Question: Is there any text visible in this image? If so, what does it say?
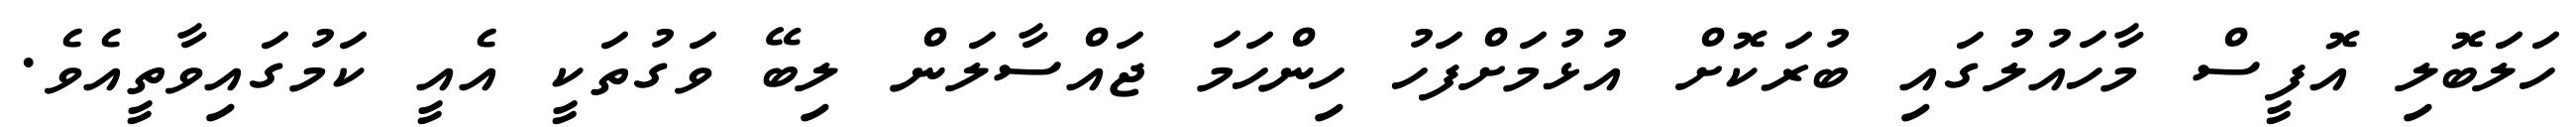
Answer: ހަލަބޮލި އޮފީސް މާހައުލުގައި ބުރަކޮށް އުޅުމަށްފަހު ހިންހަމަ ޖައްސާލަން ލިބޭ ވަގުތަކީ އެއީ ކަމުގައިވާތީއެވެ.